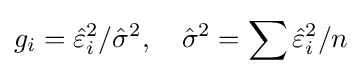
g_{i}={\hat {\varepsilon }}_{i}^{2}/{\hat {\sigma }}^{2},\quad {\hat {\sigma }}^{2}=\sum {{\hat {\varepsilon }}_{i}^{2}}/n